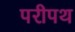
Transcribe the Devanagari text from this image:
परीपथ